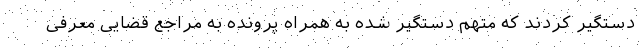
دستگیر کردند که متهم دستگیر شده به همراه پرونده به مراجع قضایی معرفی